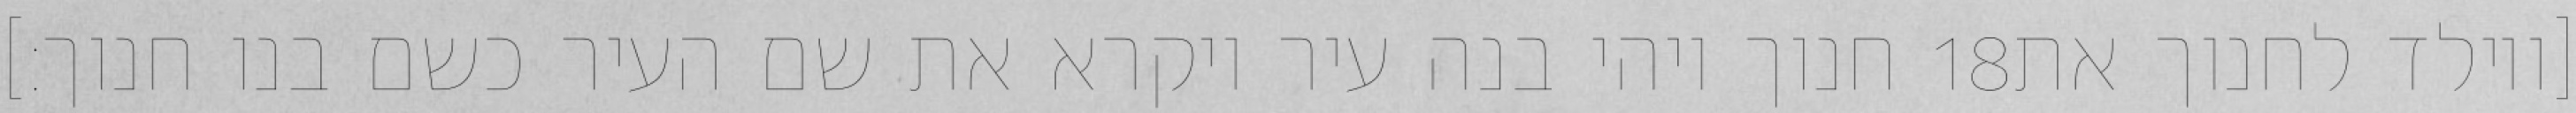
חנוך ויהי בנה עיר ויקרא את שם העיר כשם בנו חנוך׃] ‎18‏ [ויולד לחנוך את